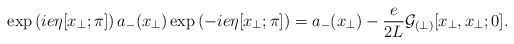
\begin{align*}\exp\left(ie \eta[x_\perp; \pi]\right) a_-(x_\perp)\exp\left(-ie\eta[x_\perp; \pi]\right)=a_-(x_\perp) -\frac{e}{2L}{\cal G}_{(\perp)}[x_\perp, x_\perp ;0].\end{align*}